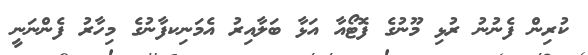
ކުރިން ފެނުނު ރުޅި މޫނުގެ ފޮޓޯއާ އަޅާ ބަލާއިރު އެމަނިކފާނުގެ މިހާރު ފެންނަނީ